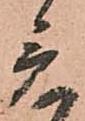
意